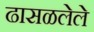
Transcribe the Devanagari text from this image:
ढासळलेले